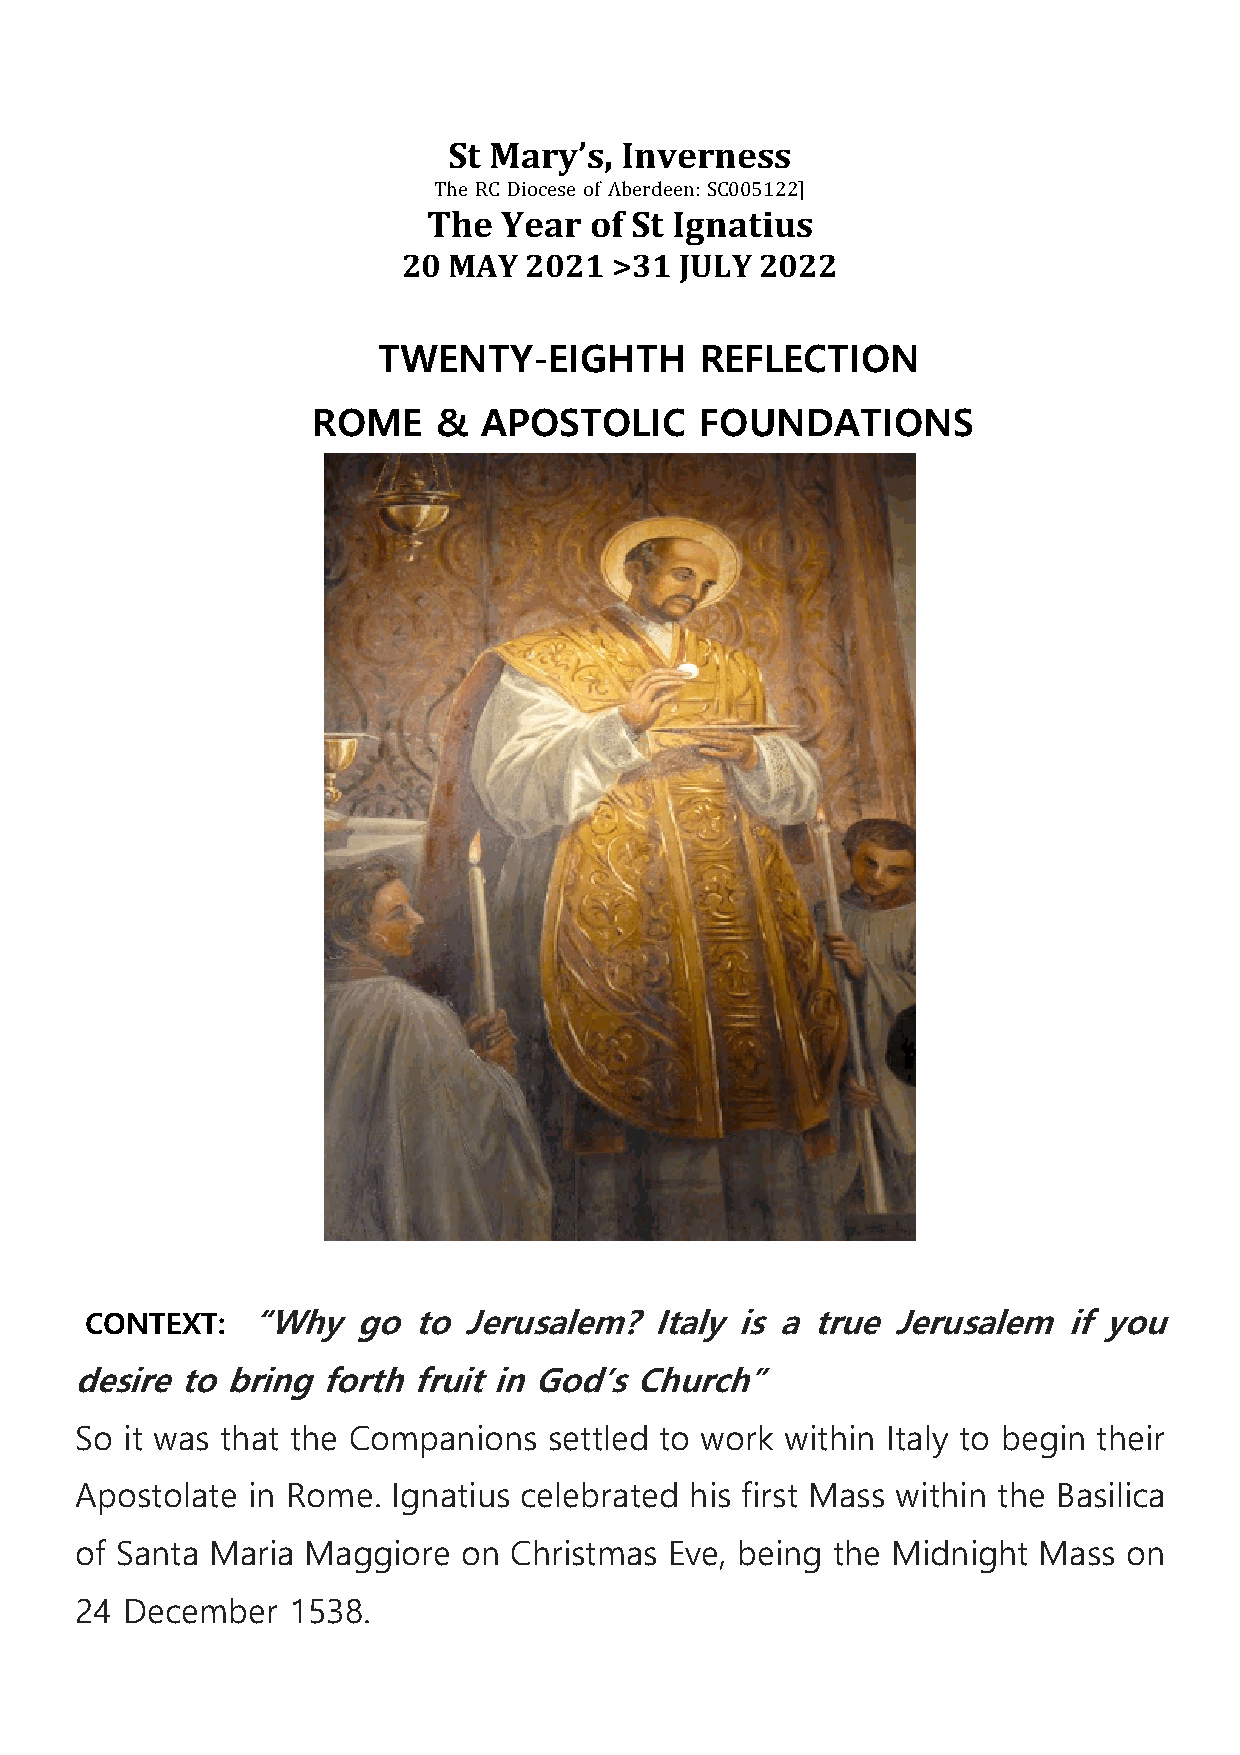
St Mary’s, Inverness
 The RC Diocese of Aberdeen: SC005122]
 The  Year  of St Ignatius
 20 MAY  2021  >31 JULY 2022
 TWENTY-EIGHTH        REFLECTION
 ROME    &  APOSTOLIC     FOUNDATIONS
 CONTEXT:   “Why   go to  Jerusalem?  Italy is a true Jerusalem   if you
 desire to bring forth fruit in God’s Church”
 So it was that the Companions  settled to work within Italy to begin their
 Apostolate in Rome.  Ignatius celebrated his first Mass within the Basilica
 of Santa Maria Maggiore   on Christmas Eve, being the Midnight  Mass  on
 24 December   1538.